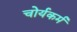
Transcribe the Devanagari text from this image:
चोर्यकर्म